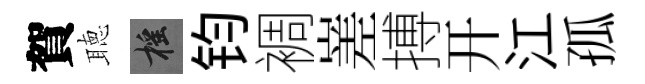
賀聴摇钧裯嵳搏开江孤